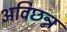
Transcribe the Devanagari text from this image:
अविछन्न